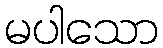
မပါသော